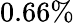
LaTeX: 0.66\%